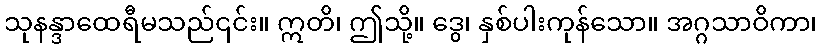
သုနန္ဒာထေရီမသည်၎င်း။ ဣတိ၊ ဤသို့။ ဒွေ၊ နှစ်ပါးကုန်သော။ အဂ္ဂသာဝိကာ၊